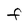
Character: F